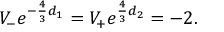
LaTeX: V _ { - } e ^ { - \frac { 4 } { 3 } d _ { 1 } } = V _ { + } e ^ { \frac { 4 } { 3 } d _ { 2 } } = - 2 .